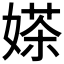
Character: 𱙤